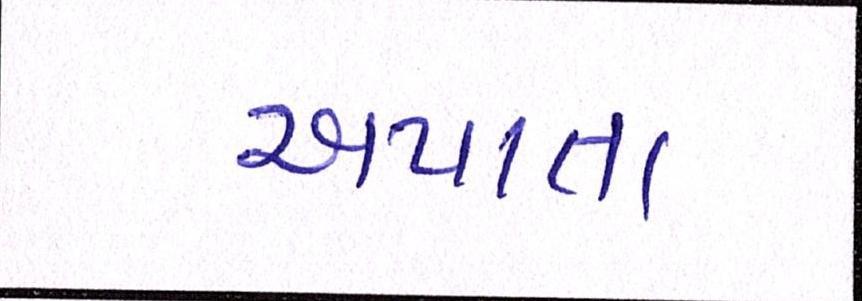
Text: અપાતા